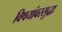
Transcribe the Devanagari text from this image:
विषयांवरसुद्धा